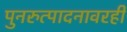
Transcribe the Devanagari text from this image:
पुनरुत्पादनावरही